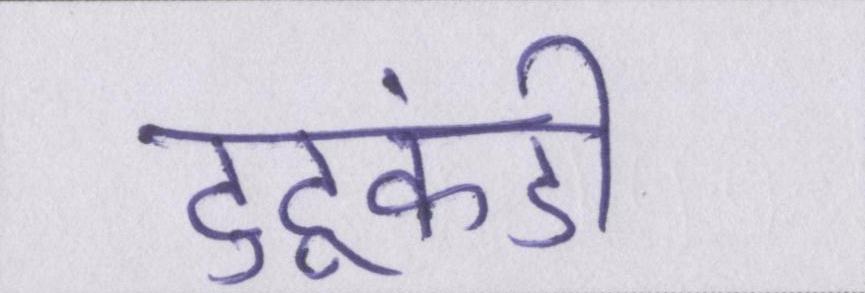
टुटूकंडी